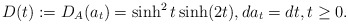
\begin{align*}D(t):=D_{A}(a_t)=\sinh^2 t\sinh (2t),da_t=dt, t\geq 0.\end{align*}